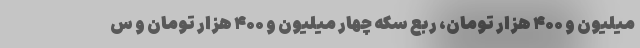
میلیون و ۴۰۰ هزار تومان، ربع سکه چهار میلیون و ۴۰۰ هزار تومان و س